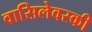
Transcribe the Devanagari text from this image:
वासिलेवस्की